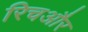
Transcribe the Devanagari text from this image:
रिचऔर